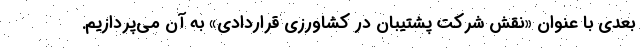
بعدی با عنوان «نقش شرکت پشتیبان در کشاورزی قراردادی» به آن می‌پردازیم.